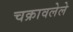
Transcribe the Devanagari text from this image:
चक्रावलेले